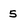
Character: 5